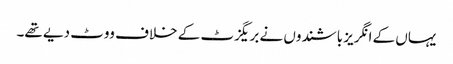
یہاں کے انگریز باشندوں نے بریگزٹ کے خلاف ووٹ دیے تھے۔